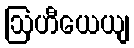
ဩဟီယေယျ